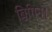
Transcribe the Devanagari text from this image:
बिगिन।